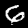
Digit: 6